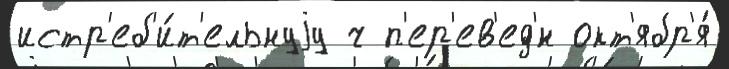
истр'еб'и́т'ельнуjу ч п'ер'ев'ед'́н окт'ябр'я́